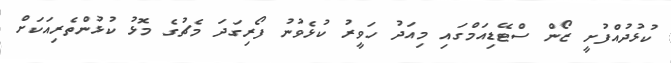
ކުޅުދުއްފުށީ ޒޯން ސްޓޭޑިއަމްގައި މިއަދު ހަވީރު ކުޅެވުނު ފޯރިގަދަ މެޗުގެ މޮޅު ކުޅުންތެރިއަކަށް